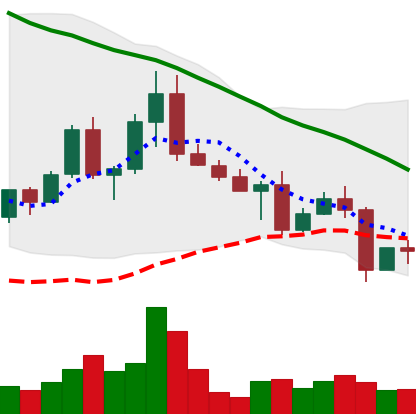
Ticker: EOS-USD
Chart end date: 2022-05-02
Forward return: -5.421%
Label: down_5_7